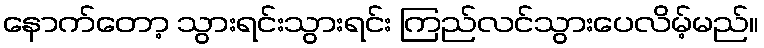
နောက်တော့ သွားရင်းသွားရင်း ကြည်လင်သွားပေလိမ့်မည်။